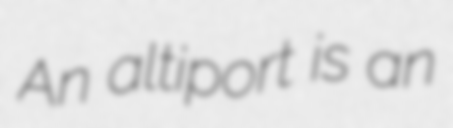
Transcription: An altiport is an